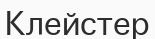
Клейстер